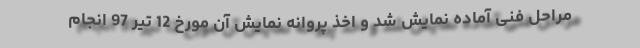
مراحل فنی آماده نمایش شد و اخذ پروانه نمایش آن مورخ 12 تیر 97 انجام